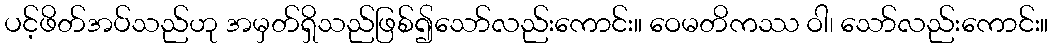
ပင့်ဖိတ်အပ်သည်ဟု အမှတ်ရှိသည်ဖြစ်၍သော်လည်းကောင်း။ ဝေမတိကဿ ဝါ၊ သော်လည်းကောင်း။